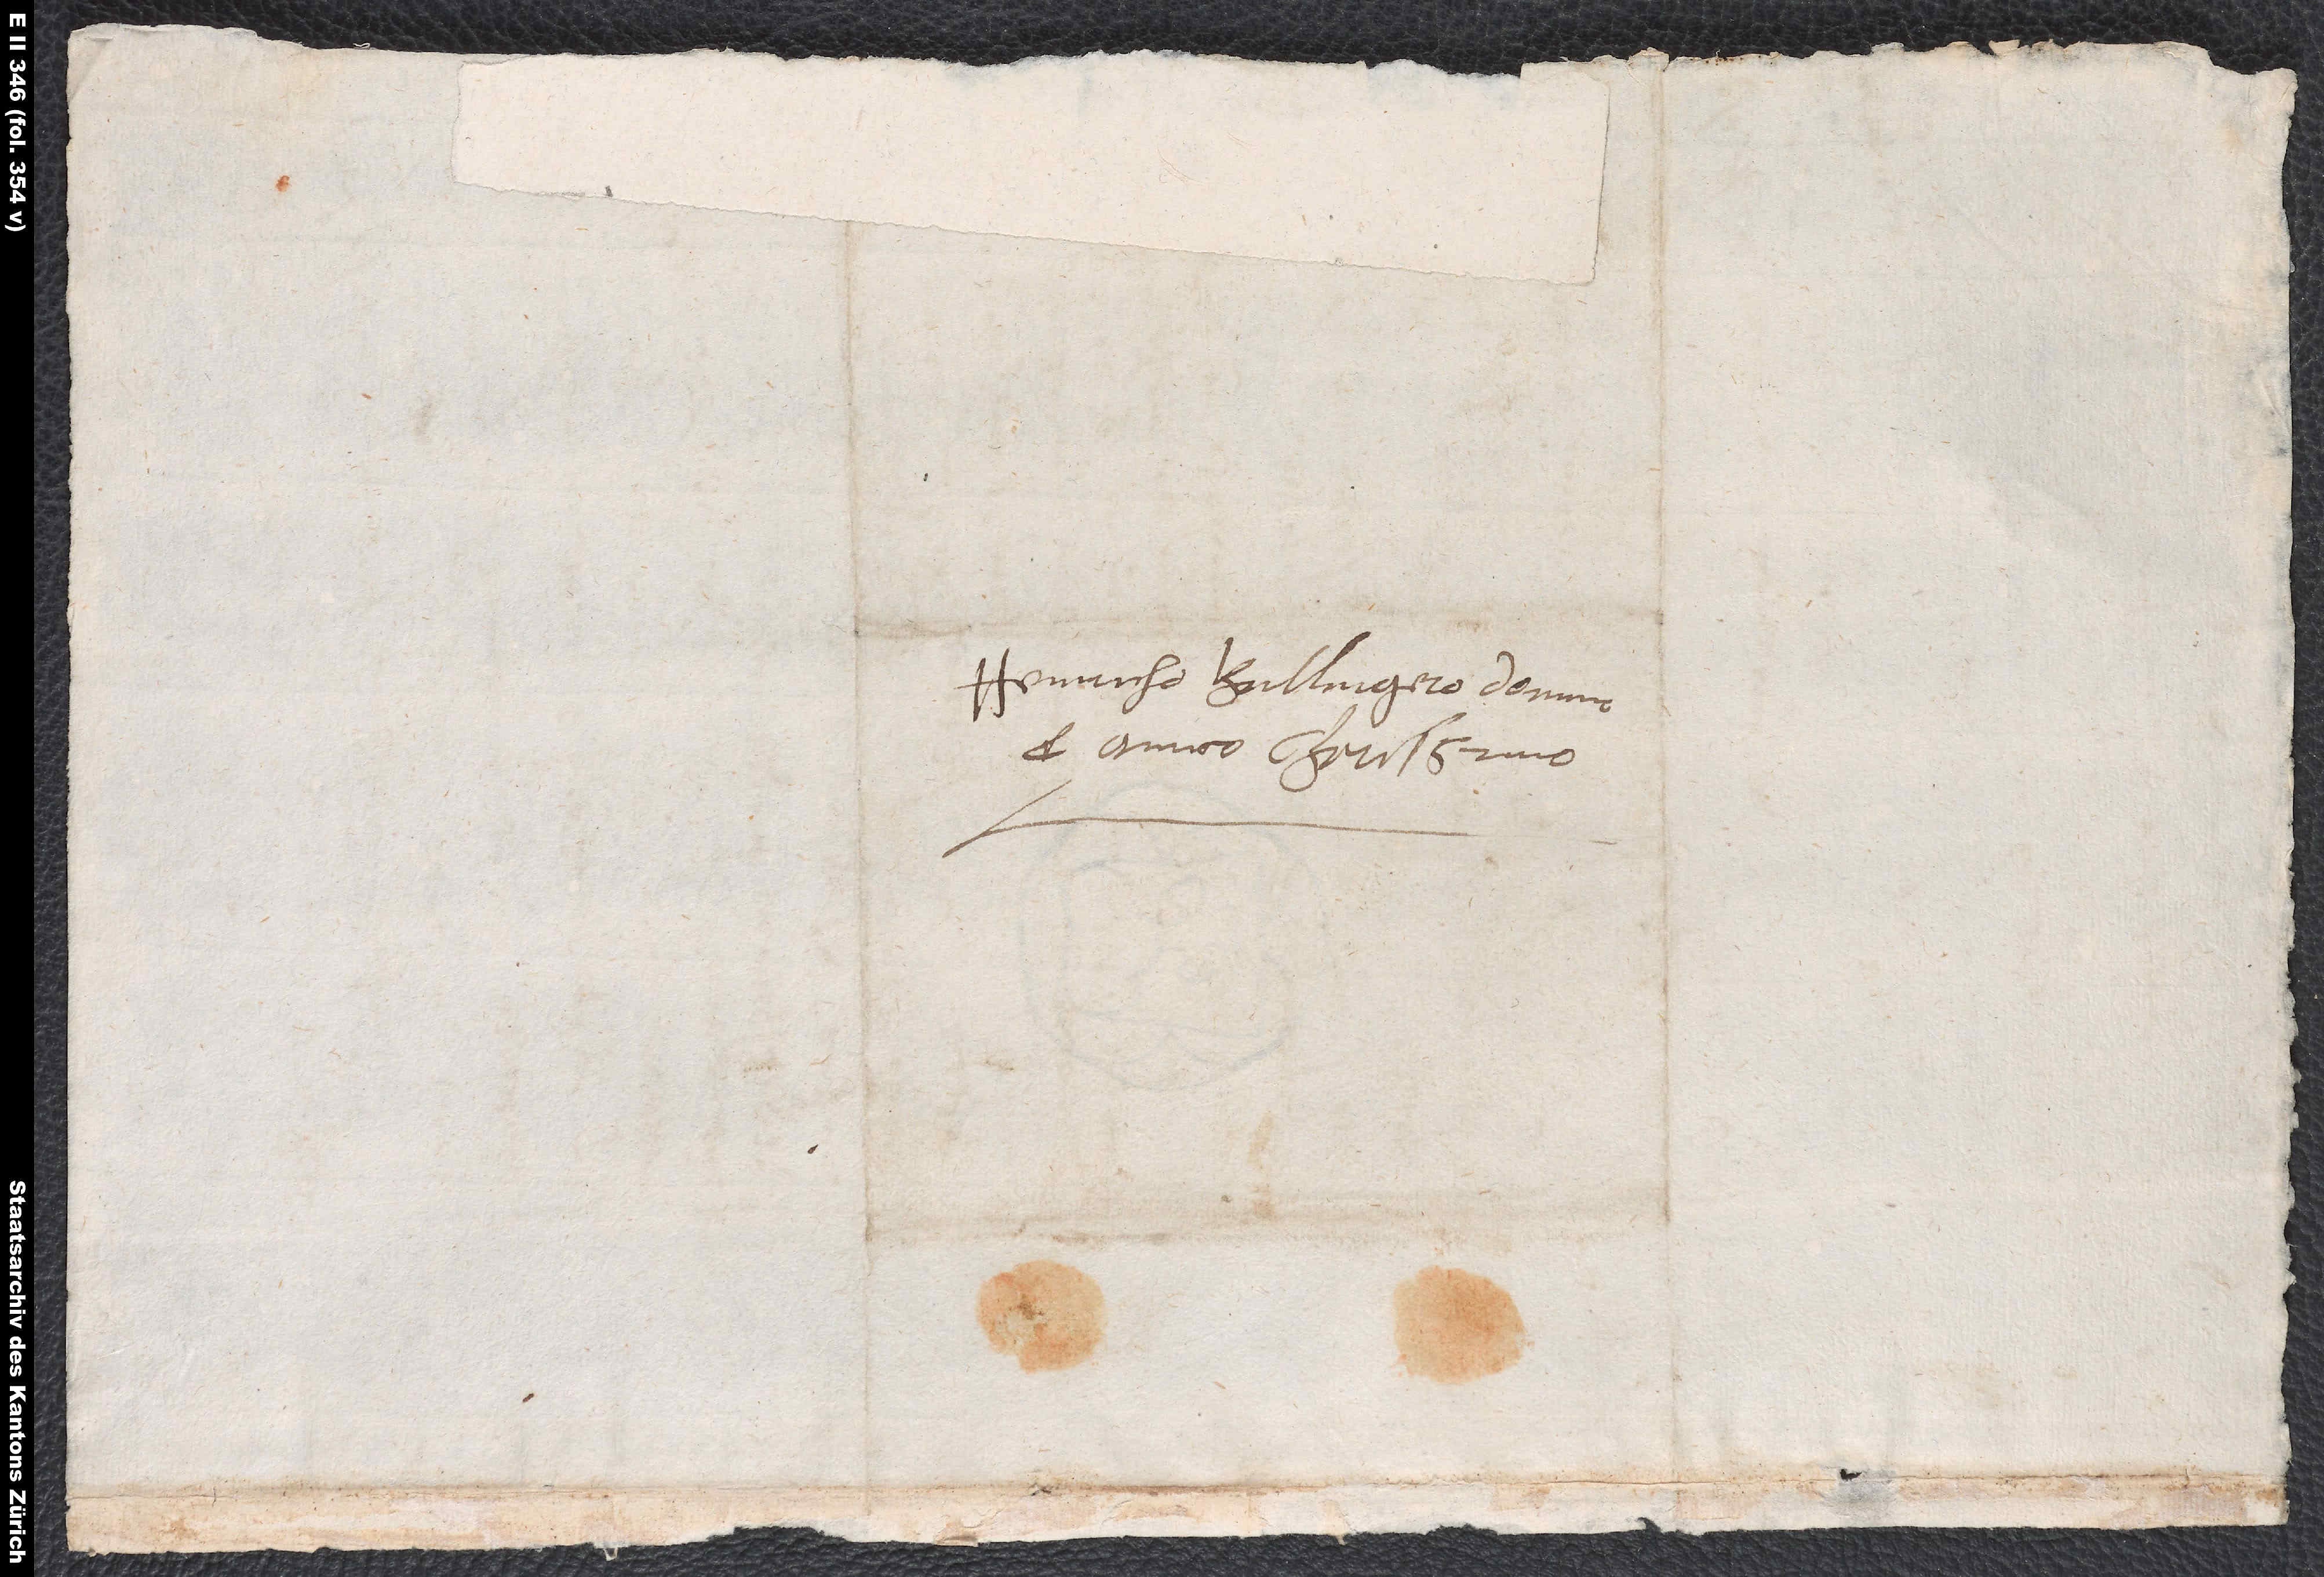
Heinricho Bullingero, domino
et amico charissimo.